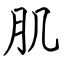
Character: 肌